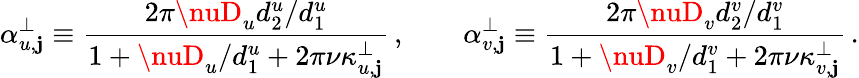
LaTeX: \alpha_{u,\mathbf{j}}^{\perp}\equiv\frac{{2\pi\nuD_{u}{d_{2}^{u}/d_{1}^{u}}}}{{1+{\nuD_{u}/d_{1}^{u}}+2\pi\nu\kappa_{u,\mathbf{j}}^{\perp}}}\, ,\qquad\alpha_{v,\mathbf{j}}^{\perp}\equiv\frac{{2\pi\nuD_{v}{d_{2}^{v}/d_{1}^{v}}}}{{1+{\nuD_{v}/d_{1}^{v}}+2\pi\nu\kappa_{v,\mathbf{j}}^{\perp}}}\, .